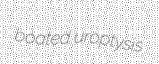
boated uroptysis